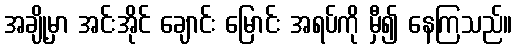
အချို့မှာ အင်းအိုင် ချောင်း မြောင်း အရပ်ကို မှီ၍ နေကြသည်။